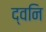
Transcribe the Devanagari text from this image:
द्वनि